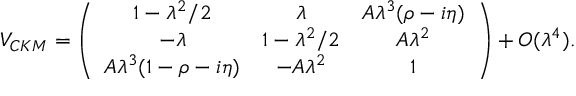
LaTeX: V _ { C K M } = \left( \begin{array} { c c c } { { 1 - \lambda ^ { 2 } / 2 } } & { { \lambda } } & { { A \lambda ^ { 3 } ( \rho - i \eta ) } } \\ { { - \lambda } } & { { 1 - \lambda ^ { 2 } / 2 } } & { { A \lambda ^ { 2 } } } \\ { { A \lambda ^ { 3 } ( 1 - \rho - i \eta ) } } & { { - A \lambda ^ { 2 } } } & { { 1 } } \end{array} \right) + { \cal { O } } ( \lambda ^ { 4 } ) .